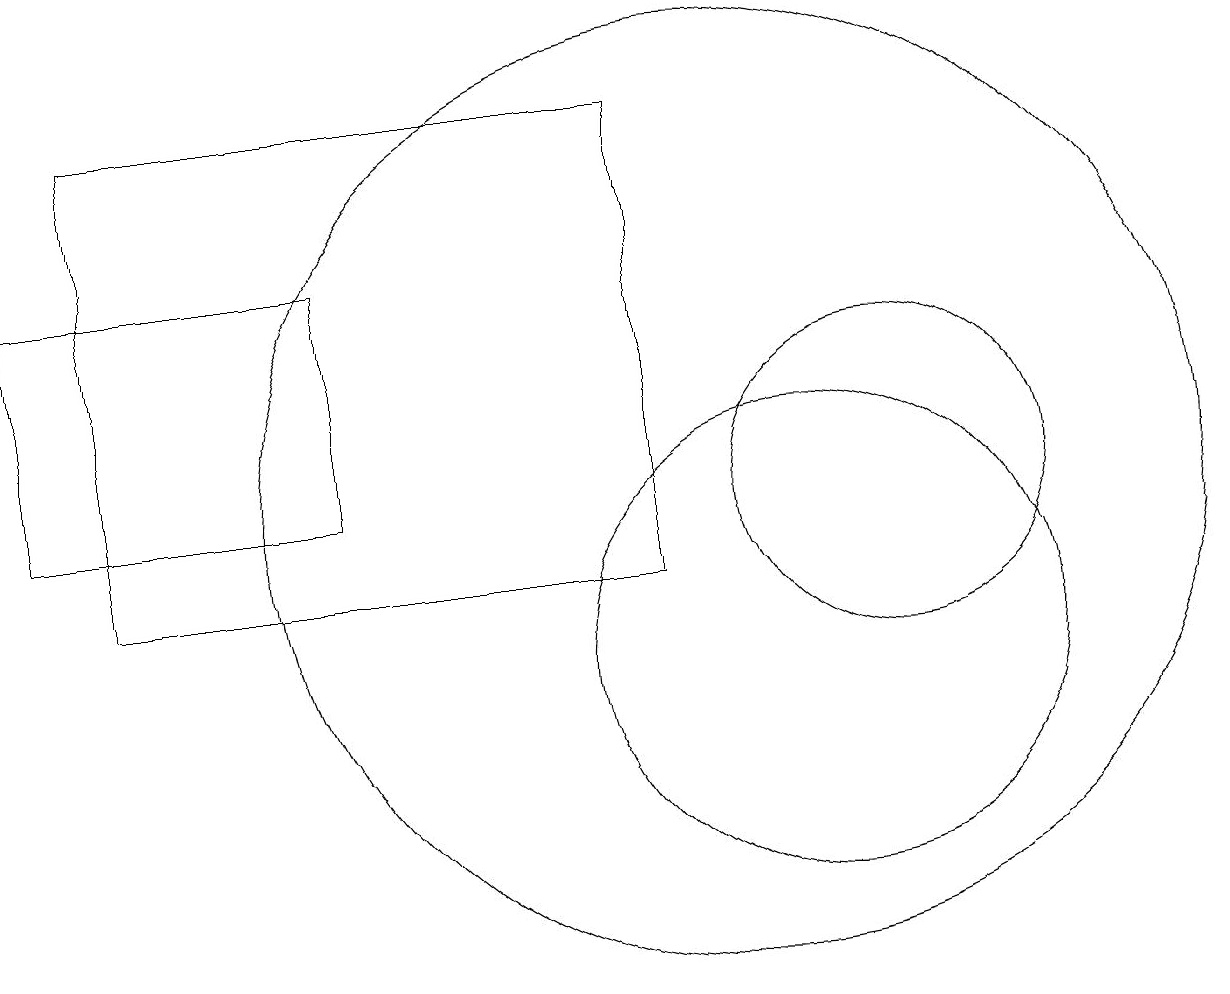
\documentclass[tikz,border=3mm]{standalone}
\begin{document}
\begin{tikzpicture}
\draw (4,17) rectangle (8,17);
\draw (11,10) circle (3);
\draw (10,12) circle (6);
\draw (9,11) rectangle (2,17);
\draw (12,12) circle (2);
\draw (1,12) rectangle (5,15);
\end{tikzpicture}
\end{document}